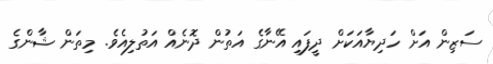
ސަޒިން އަށް ހަދިޔާއަކަށް ދީފައި އޭނާގެ އަތުން ދޮނެއް އަތުލިއެވެ. މިތަން ޝާންގެ